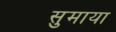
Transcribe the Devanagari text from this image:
सुमाया